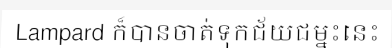
Lampard ក៏បានចាត់ទុកជ័យជម្នះនេះ